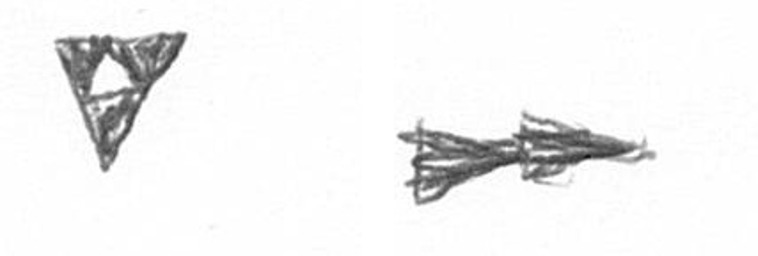
S A